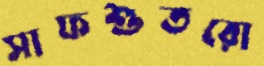
সাফশুতরো